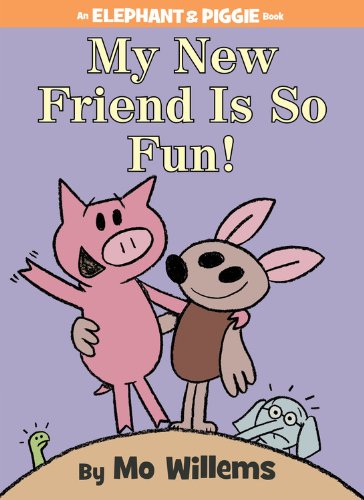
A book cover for My New Friend Is So Fun! (An Elephant and Piggie Book); Mo Willems; Children's Books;